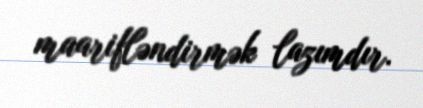
maarifləndirmək lazımdır.